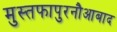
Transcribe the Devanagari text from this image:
मुस्तफापुरनौआबाद